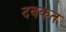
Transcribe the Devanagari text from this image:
दबकत